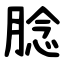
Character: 腍